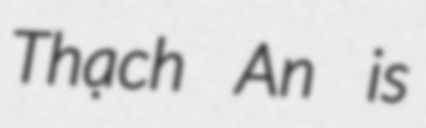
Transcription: Thạch An is